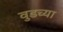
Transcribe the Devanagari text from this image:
वुडच्या